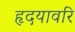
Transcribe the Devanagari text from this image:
हृदयावरि